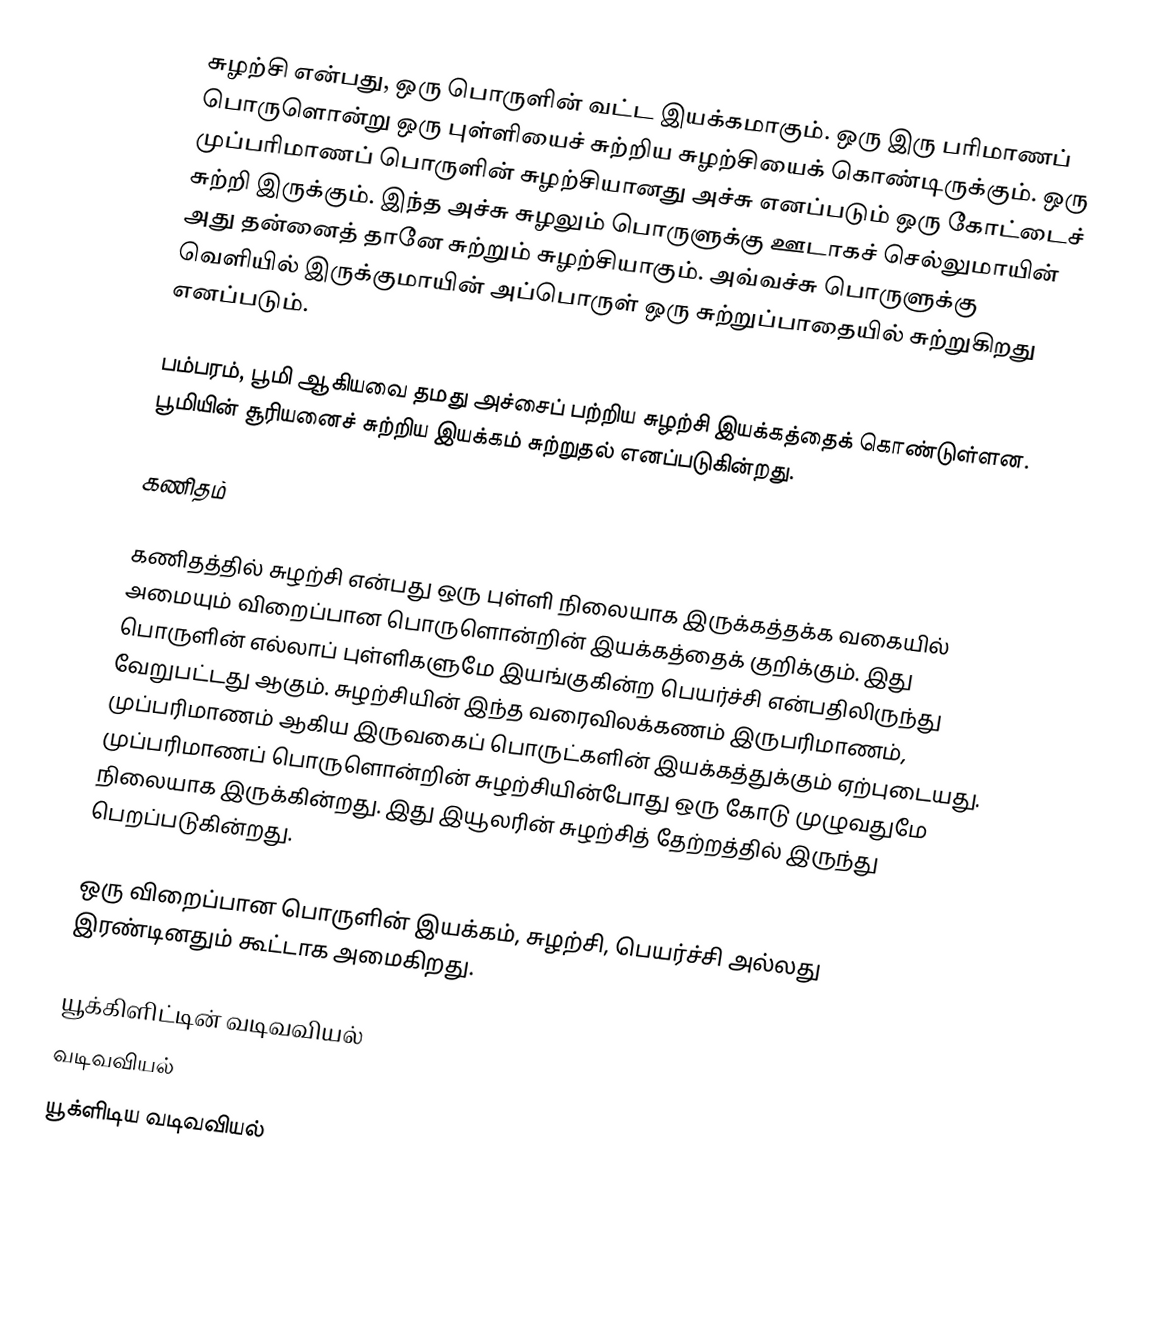
சுழற்சி என்பது, ஒரு பொருளின் வட்ட இயக்கமாகும். ஒரு இரு பரிமாணப் பொருளொன்று ஒரு புள்ளியைச் சுற்றிய சுழற்சியைக் கொண்டிருக்கும். ஒரு முப்பரிமாணப் பொருளின் சுழற்சியானது அச்சு எனப்படும் ஒரு கோட்டைச் சுற்றி இருக்கும். இந்த அச்சு சுழலும் பொருளுக்கு ஊடாகச் செல்லுமாயின் அது தன்னைத் தானே சுற்றும் சுழற்சியாகும். அவ்வச்சு பொருளுக்கு வெளியில் இருக்குமாயின் அப்பொருள் ஒரு சுற்றுப்பாதையில் சுற்றுகிறது எனப்படும்.

பம்பரம், பூமி ஆகியவை தமது அச்சைப் பற்றிய சுழற்சி இயக்கத்தைக் கொண்டுள்ளன. பூமியின் சூரியனைச் சுற்றிய இயக்கம் சுற்றுதல் எனப்படுகின்றது.

கணிதம்

கணிதத்தில் சுழற்சி என்பது ஒரு புள்ளி நிலையாக இருக்கத்தக்க வகையில் அமையும் விறைப்பான பொருளொன்றின் இயக்கத்தைக் குறிக்கும். இது பொருளின் எல்லாப் புள்ளிகளுமே இயங்குகின்ற பெயர்ச்சி என்பதிலிருந்து வேறுபட்டது ஆகும். சுழற்சியின் இந்த வரைவிலக்கணம் இருபரிமாணம், முப்பரிமாணம் ஆகிய இருவகைப் பொருட்களின் இயக்கத்துக்கும் ஏற்புடையது. முப்பரிமாணப் பொருளொன்றின் சுழற்சியின்போது ஒரு கோடு முழுவதுமே நிலையாக இருக்கின்றது. இது இயூலரின் சுழற்சித் தேற்றத்தில் இருந்து பெறப்படுகின்றது.

ஒரு விறைப்பான பொருளின் இயக்கம், சுழற்சி, பெயர்ச்சி அல்லது இரண்டினதும் கூட்டாக அமைகிறது.

யூக்கிளிட்டின் வடிவவியல்
வடிவவியல்
யூக்ளிடிய வடிவவியல்